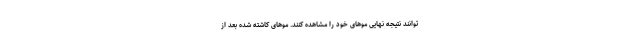
توانند نتیجه نهایی موهای خود را مشاهده کنند. موهای کاشته شده بعد از